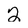
Character: 2